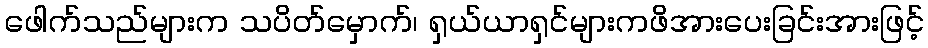
ဖေါက်သည်များက သပိတ်မှောက်၊ ရှယ်ယာရှင်များကဖိအားပေးခြင်းအားဖြင့်